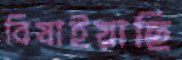
বিষাইয়াছি